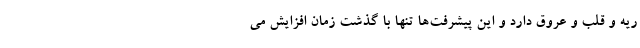
ریه و قلب و عروق دارد و این پیشرفت‌ها تنها با گذشت زمان افزایش می